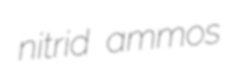
nitrid ammos